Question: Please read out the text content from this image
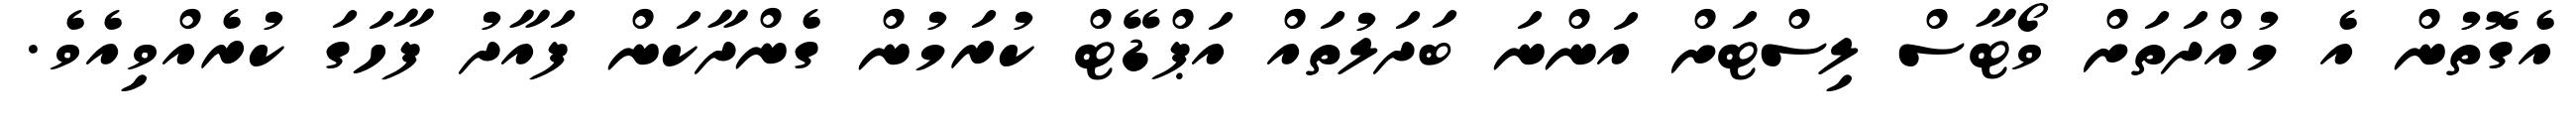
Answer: އެގޮތުން އެ މުއްދަތަށް ވޯޓާސް ލިސްޓަށް އަންނަ ބަދަލުތައް އަޕްޑޭޓް ކުރަމުން ގެންދާކަން ފައާދު ފާހަގަ ކުރެއްވިއެވެ.